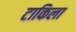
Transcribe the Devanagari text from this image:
टाकिला